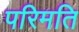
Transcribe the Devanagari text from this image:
परिमति